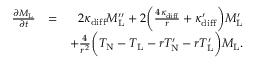
\begin{array} { r l r } { \frac { \partial M _ { \mathrm { L } } } { \partial t } } & { = } & { 2 \kappa _ { \mathrm { d i f f } } M _ { \mathrm { L } } ^ { \prime \prime } + 2 \bigg ( \frac { 4 \kappa _ { \mathrm { d i f f } } } { r } + \kappa _ { \mathrm { d i f f } } ^ { \prime } \bigg ) M _ { \mathrm { L } } ^ { \prime } } \\ & { } & { + \frac { 4 } { r ^ { 2 } } \bigg ( T _ { \mathrm { N } } - T _ { \mathrm { L } } - r T _ { \mathrm { N } } ^ { \prime } - r T _ { \mathrm { L } } ^ { \prime } \bigg ) M _ { \mathrm { L } } . } \end{array}